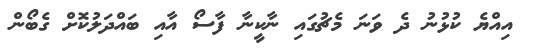
އިއްޔެ ކުޅުނު ދެ ވަނަ މެޗުގައި ނާކީނާ ފާސޯ އާއި ބައްދަލުކޮށް ގެބޯން